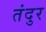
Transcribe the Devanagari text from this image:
तंदुर